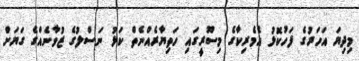
މިދިޔަ އަހަރުގެ ފަހުކޮޅު އެމެރިކާގެ މިސޫރީގައި ހަތިޔާރެއްނެތް ކަޅު ނަސްލުގެ ޒުވާނެއްގެ ގަޔަށް